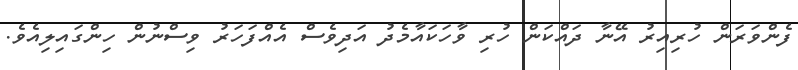
ފެންވަރަން ހުރިއިރު އޭނާ ދައްކަން ހުރި ވާހަކައާމެދު އަދިވެސް އެއްފަހަރު ވިސްނުން ހިންގައިލިއެވެ.